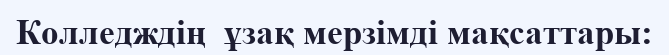
Колледждің  ұзақ мерзімді мақсаттары: